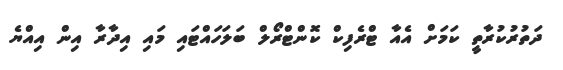
ދަތުރުކުރާތީ ކަމަށް އެއާ ޓްރެފިކް ކޮންޓްރޯލް ބަލަހައްޓައި މައި އިދާރާ އިން އިއްޔެ